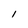
Character: l